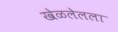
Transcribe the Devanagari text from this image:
खेळलेलला